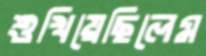
শুখিয়েছিলেম